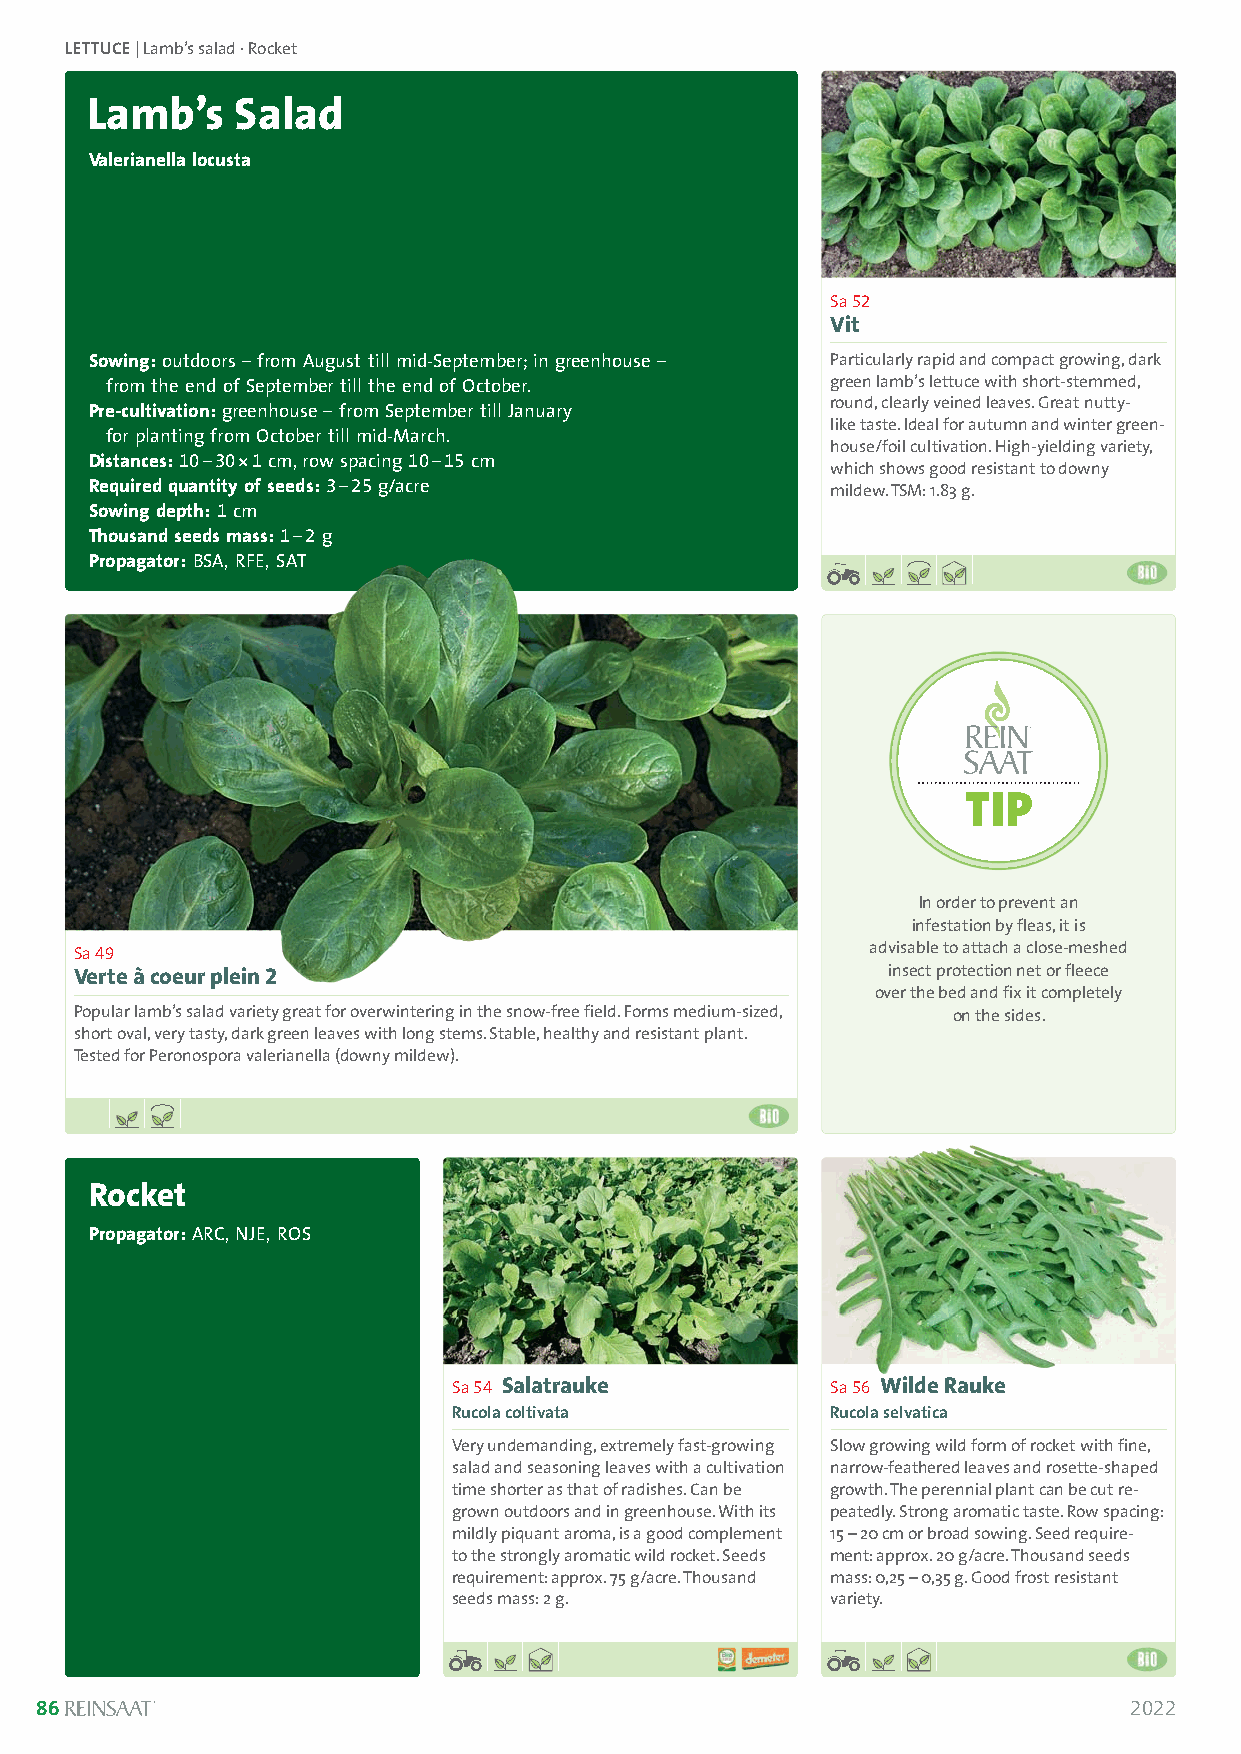
LETTUCE| Lamb’s salad · Rocket
 Lamb’s    Salad
 Valerianella locusta
 Sa 52
 Vit
 Sowing:outdoors – from August till mid-September; in greenhouse – Particularly rapid and compact growing, dark
 from the end of September till the end of October. green lamb’s lettuce with short-stemmed,
 round, clearly veined leaves. Great nutty-
 Pre-cultivation:greenhouse –from September till January
 like taste. Ideal for autumn and winter green-
 for planting from October till mid-March.
 house/foil cultivation. High-yielding variety,
 Distances:10–30*1 cm, row spacing 10–15 cm
 which shows good resistant to downy
 Required quantity of seeds:3–25g/acre            mildew. TSM: 1.83 g.
 Sowing depth:1 cm
 Thousand seeds mass:1–2 g
 Propagator:BSA, RFE, SAT
 TIP
 In order to prevent an
 infestation by fleas, it is
 Sa 49                                                advisable to attach a close-meshed
 Verte à coeur plein 2                                 insect protection net or fleece
 over the bed and fix it completely
 Popular lamb’s salad variety great for overwintering in the snow-free field. Forms medium-sized, on the sides.
 short oval, very tasty, dark green leaves with long stems. Stable, healthy and resistant plant.
 Tested for Peronospora valerianella (downy mildew).
 Rocket
 Propagator: ARC, NJE, ROS
 Solanum lycopersicum
 Sa 54 Salatrauke         Sa 56 Wilde Rauke
 Rucola coltivata         Rucola selvatica
 Very undemanding, extremely fast-growing Slow growing wild form of rocket with fine,
 salad and seasoning leaves with a cultivation narrow-feathered leaves and rosette-shaped
 time shorter as that of radishes. Can be growth. The perennial plant can be cut re -
 grown outdoors and in greenhouse. With its peatedly. Strong aromatic taste. Row spacing:
 mildly piquant aroma, is a good complement 15 –20 cm or broad sowing. Seed require-
 to the strongly aromatic wild rocket. Seeds ment: approx. 20 g/acre. Thousand seeds
 requirement: approx. 75 g/acre. Thousand mass: 0,25 – 0,35 g. Good frost resistant
 seeds mass: 2 g.         variety.
 86                                                                       2022